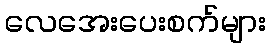
လေအေးပေးစက်များ